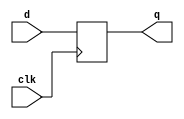
// Copyright (C) 2022 RapidSilicon
//

module my_dff (
    input d,
    clk,
    output reg q
);
  always @(posedge clk) q <= d;
endmodule

module my_dffe (
    input d,
    clk,
    en,
    output reg q
);
  initial begin
    q = 0;
  end
  always @(posedge clk) if (en) q <= d;
endmodule

module my_dffr_p (
    input d,
    clk,
    clr,
    output reg q
);
  always @(posedge clk or posedge clr)
    if (clr) q <= 1'b0;
    else q <= d;
endmodule

module my_dffr_p_2 (
    input d1,
    input d2,
    clk,
    clr,
    output reg q1,
    output reg q2
);
  always @(posedge clk or posedge clr)
    if (clr) begin
      q1 <= 1'b0;
      q2 <= 1'b0;
    end else begin
      q1 <= d1;
      q2 <= d2;
    end
endmodule

module my_dffr_n (
    input d,
    clk,
    clr,
    output reg q
);
  always @(posedge clk or negedge clr)
    if (!clr) q <= 1'b0;
    else q <= d;
endmodule

module my_dffre_p (
    input d,
    clk,
    clr,
    en,
    output reg q
);
  always @(posedge clk or posedge clr)
    if (clr) q <= 1'b0;
    else if (en) q <= d;
endmodule

module my_dffre_n (
    input d,
    clk,
    clr,
    en,
    output reg q
);
  always @(posedge clk or negedge clr)
    if (!clr) q <= 1'b0;
    else if (en) q <= d;
endmodule

module my_dffs_p (
    input d,
    clk,
    pre,
    output reg q
);
  always @(posedge clk or posedge pre)
    if (pre) q <= 1'b1;
    else q <= d;
endmodule

module my_dffs_n (
    input d,
    clk,
    pre,
    output reg q
);
  always @(posedge clk or negedge pre)
    if (!pre) q <= 1'b1;
    else q <= d;
endmodule

module my_dffse_p (
    input d,
    clk,
    pre,
    en,
    output reg q
);
  always @(posedge clk or posedge pre)
    if (pre) q <= 1'b1;
    else if (en) q <= d;
endmodule

module my_dffse_n (
    input d,
    clk,
    pre,
    en,
    output reg q
);
  always @(posedge clk or negedge pre)
    if (!pre) q <= 1'b1;
    else if (en) q <= d;
endmodule

module my_dffn (
    input d,
    clk,
    output reg q
);
  initial q <= 1'b0;
  always @(negedge clk) q <= d;
endmodule

module my_dffnr_p (
    input d,
    clk,
    clr,
    output reg q
);
  initial q <= 1'b0;
  always @(negedge clk or posedge clr)
    if (clr) q <= 1'b0;
    else q <= d;
endmodule

module my_dffnr_n (
    input d,
    clk,
    clr,
    output reg q
);
  initial q <= 1'b0;
  always @(negedge clk or negedge clr)
    if (!clr) q <= 1'b0;
    else q <= d;
endmodule


module my_dffns_p (
    input d,
    clk,
    pre,
    output reg q
);
  initial q <= 1'b0;
  always @(negedge clk or posedge pre)
    if (pre) q <= 1'b1;
    else q <= d;
endmodule

module my_dffns_n (
    input d,
    clk,
    pre,
    output reg q
);
  initial q <= 1'b0;
  always @(negedge clk or negedge pre)
    if (!pre) q <= 1'b1;
    else q <= d;
endmodule

module my_dffsr_ppp (
    input d,
    clk,
    pre,
    clr,
    output reg q
);
  initial q <= 1'b0;
  always @(posedge clk or posedge pre or posedge clr)
    if (pre) q <= 1'b1;
    else if (clr) q <= 1'b0;
    else q <= d;
endmodule

module my_dffsr_pnp (
    input d,
    clk,
    pre,
    clr,
    output reg q
);
  initial q <= 1'b0;
  always @(posedge clk or negedge pre or posedge clr)
    if (!pre) q <= 1'b1;
    else if (clr) q <= 1'b0;
    else q <= d;
endmodule

module my_dffsr_ppn (
    input d,
    clk,
    pre,
    clr,
    output reg q
);
  initial q <= 1'b0;
  always @(posedge clk or posedge pre or negedge clr)
    if (pre) q <= 1'b1;
    else if (!clr) q <= 1'b0;
    else q <= d;
endmodule

module my_dffsr_pnn (
    input d,
    clk,
    pre,
    clr,
    output reg q
);
  initial q <= 1'b0;
  always @(posedge clk or negedge pre or negedge clr)
    if (!pre) q <= 1'b1;
    else if (!clr) q <= 1'b0;
    else q <= d;
endmodule

module my_dffsr_npp (
    input d,
    clk,
    pre,
    clr,
    output reg q
);
  initial q <= 1'b0;
  always @(negedge clk or posedge pre or posedge clr)
    if (pre) q <= 1'b1;
    else if (clr) q <= 1'b0;
    else q <= d;
endmodule

module my_dffsr_nnp (
    input d,
    clk,
    pre,
    clr,
    output reg q
);
  initial q <= 1'b0;
  always @(negedge clk or negedge pre or posedge clr)
    if (!pre) q <= 1'b1;
    else if (clr) q <= 1'b0;
    else q <= d;
endmodule

module my_dffsr_npn (
    input d,
    clk,
    pre,
    clr,
    output reg q
);
  initial q <= 1'b0;
  always @(negedge clk or posedge pre or negedge clr)
    if (pre) q <= 1'b1;
    else if (!clr) q <= 1'b0;
    else q <= d;
endmodule

module my_dffsr_nnn (
    input d,
    clk,
    pre,
    clr,
    output reg q
);
  initial q <= 1'b0;
  always @(negedge clk or negedge pre or negedge clr)
    if (!pre) q <= 1'b1;
    else if (!clr) q <= 1'b0;
    else q <= d;
endmodule

module my_dffsre_ppp (
    input d,
    clk,
    pre,
    clr,
    en,
    output reg q
);
  initial q <= 1'b0;
  always @(posedge clk or posedge pre or posedge clr)
    if (pre) q <= 1'b1;
    else if (clr) q <= 1'b0;
    else if (en) q <= d;
endmodule

module my_dffsre_pnp (
    input d,
    clk,
    pre,
    clr,
    en,
    output reg q
);
  initial q <= 1'b0;
  always @(posedge clk or negedge pre or posedge clr)
    if (!pre) q <= 1'b1;
    else if (clr) q <= 1'b0;
    else if (en) q <= d;
endmodule

module my_dffsre_ppn (
    input d,
    clk,
    pre,
    clr,
    en,
    output reg q
);
  initial q <= 1'b0;
  always @(posedge clk or posedge pre or negedge clr)
    if (pre) q <= 1'b1;
    else if (!clr) q <= 1'b0;
    else if (en) q <= d;
endmodule

module my_dffsre_pnn (
    input d,
    clk,
    pre,
    clr,
    en,
    output reg q
);
  initial q <= 1'b0;
  always @(posedge clk or negedge pre or negedge clr)
    if (!pre) q <= 1'b1;
    else if (!clr) q <= 1'b0;
    else if (en) q <= d;
endmodule

module my_dffsre_npp (
    input d,
    clk,
    pre,
    clr,
    en,
    output reg q
);
  initial q <= 1'b0;
  always @(negedge clk or posedge pre or posedge clr)
    if (pre) q <= 1'b1;
    else if (clr) q <= 1'b0;
    else if (en) q <= d;
endmodule

module my_dffsre_nnp (
    input d,
    clk,
    pre,
    clr,
    en,
    output reg q
);
  initial q <= 1'b0;
  always @(negedge clk or negedge pre or posedge clr)
    if (!pre) q <= 1'b1;
    else if (clr) q <= 1'b0;
    else if (en) q <= d;
endmodule

module my_dffsre_npn (
    input d,
    clk,
    pre,
    clr,
    en,
    output reg q
);
  initial q <= 1'b0;
  always @(negedge clk or posedge pre or negedge clr)
    if (pre) q <= 1'b1;
    else if (!clr) q <= 1'b0;
    else if (en) q <= d;
endmodule

module my_dffsre_nnn (
    input d,
    clk,
    pre,
    clr,
    en,
    output reg q
);
  initial q <= 1'b0;
  always @(negedge clk or negedge pre or negedge clr)
    if (!pre) q <= 1'b1;
    else if (!clr) q <= 1'b0;
    else if (en) q <= d;
endmodule